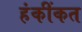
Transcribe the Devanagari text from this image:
हंकींकत